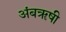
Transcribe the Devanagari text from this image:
अंबॠषी